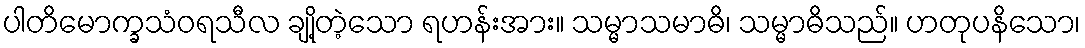
ပါတိမောက္ခသံဝရသီလ ချို့တဲ့သော ရဟန်းအား။ သမ္မာသမာဓိ၊ သမ္မာဓိသည်။ ဟတုပနိသော၊